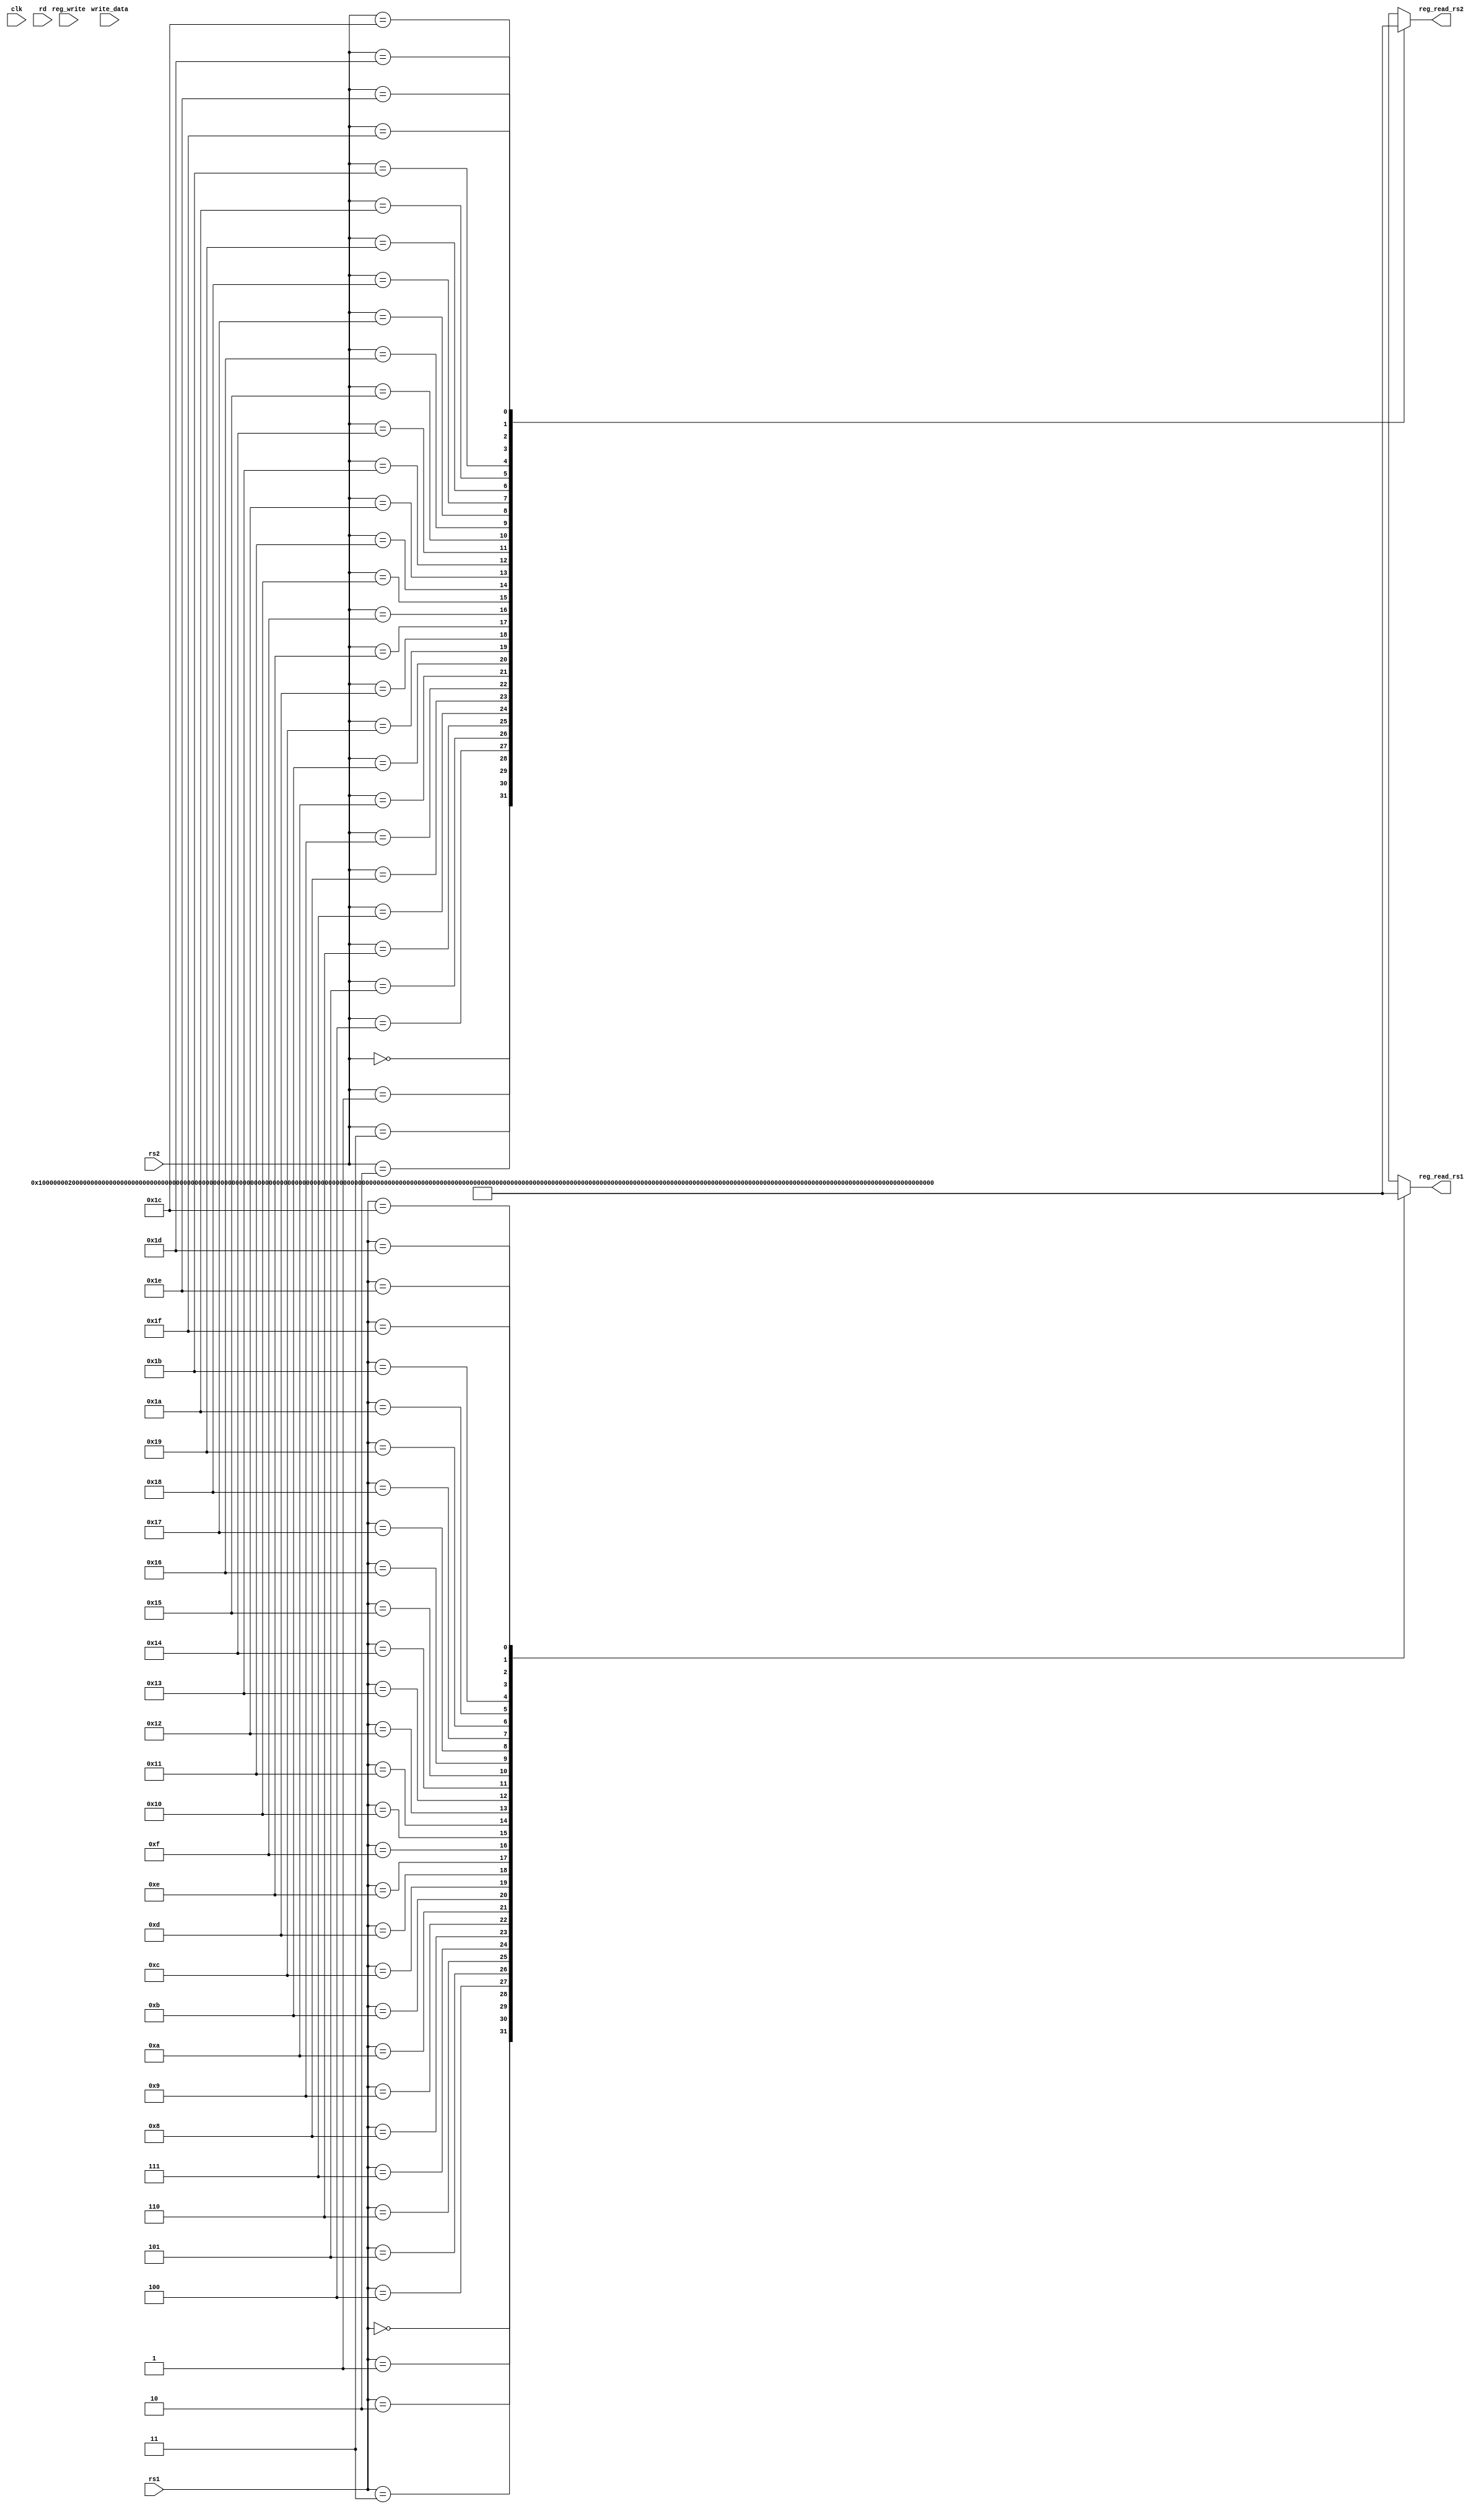
`timescale 1ns / 1ps

module Registers(clk,write_data,rs1, rs2, rd, reg_write, reg_read_rs1, reg_read_rs2);

input clk;
input [31:0] write_data;
input [4:0] rs1;
input [4:0] rs2;
input [4:0] rd;
input reg_write;
//input reset;
output reg[31:0] reg_read_rs1;
output reg[31:0] reg_read_rs2;

reg [31:0] register_memory [31:0];


//wire [7:0] opcode;

//assign rs2 = Instruction[24:20];
//assign rs1 = Instruction[19:15];
//assign rd = Instruction[11:7];
//assign opcode = Instruction[6:0];




always @(rs1, rs2)
    begin
     
         register_memory[0] = 32'h0;
         register_memory[1] = 32'h1;
         register_memory[2] = 32'h2;
         register_memory[3] = 32'h3;
         register_memory[4] = 32'h4;
         register_memory[5] = 32'h5;
         register_memory[6] = 32'h6;
         register_memory[7] = 32'h7;
         register_memory[8] = 32'h8;
         register_memory[9] = 32'h9;
         register_memory[10] = 32'h10;
         register_memory[11] = 32'h11;
         register_memory[12] = 32'h12;
         register_memory[13] = 32'h13;
         register_memory[14] = 32'h14;
         register_memory[15] = 32'h15;
         register_memory[16] = 32'h16;
         register_memory[17] = 32'h17;
         register_memory[18] = 32'h18;
         register_memory[19] = 32'h19;
         register_memory[20] = 32'h20;
         register_memory[21] = 32'h21;
         register_memory[22] = 32'h22;
         register_memory[23] = 32'h23;
         register_memory[24] = 32'h24;
         register_memory[25] = 32'h25;
		 register_memory[26] = 32'h26;
         register_memory[27] = 32'h27;
         register_memory[28] = 32'h28;
         register_memory[29] = 32'h29;
         register_memory[30] = 32'h30;
         register_memory[31] = 32'h31;
         end
  
always @(rs1, rs2)
	begin
  reg_read_rs1 <= register_memory[rs1] ;
  reg_read_rs2 <= register_memory[rs2] ;
 end

    // If clock edge is positive and regwrite is 1, we write data to specified register
  
    always @(negedge clk)
  	begin
  		if (reg_write == 1)
		begin
			 register_memory [rd] = write_data;
      		end
  	end

endmodule